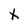
Character: X